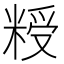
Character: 𮇨